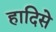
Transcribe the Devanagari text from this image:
हादिसे